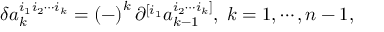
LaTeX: \delta a _ { k } ^ { i _ { 1 } i _ { 2 } \cdots i _ { k } } = \left( - \right) ^ { k } \partial ^ { [ i _ { 1 } } a _ { k - 1 } ^ { i _ { 2 } \cdots i _ { k } ] } , \; k = 1 , \cdots , n - 1 ,